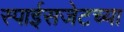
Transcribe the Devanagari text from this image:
स्पाईसजेटच्या